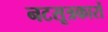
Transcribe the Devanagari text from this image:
नटसूत्रकारों